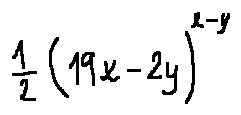
\frac { 1 } { 2 } ( 1 9 x - 2 y ) ^ { x - y }